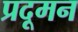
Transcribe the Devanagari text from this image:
प्रदूमन